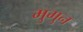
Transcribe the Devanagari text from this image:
मुगुन